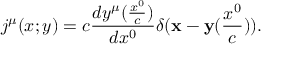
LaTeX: j ^ { \mu } ( x ; y ) = c \frac { d y ^ { \mu } ( \frac { x ^ { 0 } } { c } ) } { d x ^ { 0 } } \delta ( { \bf x } - { \bf y } ( \frac { x ^ { 0 } } { c } ) ) .